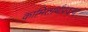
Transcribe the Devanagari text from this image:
कामितार्थप्रदाय